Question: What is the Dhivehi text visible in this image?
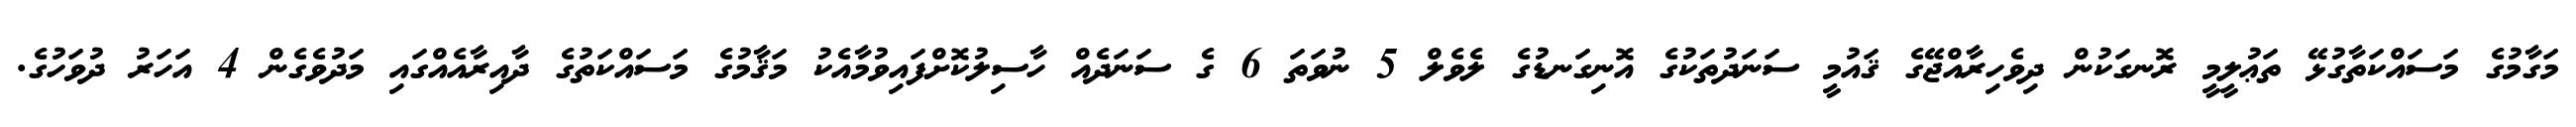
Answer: މަގާމުގެ މަސައްކަތާގުޅޭ ތަޢުލީމީ ރޮނގަކުން ދިވެހިރާއްޖޭގެ ޤައުމީ ސަނަދުތަކުގެ އޮނިގަނޑުގެ ލެވެލް 5 ނުވަތަ 6 ގެ ސަނަދެއް ހާސިލުކޮށްފައިވުމާއެކު މަޤާމުގެ މަސައްކަތުގެ ދާއިރާއެއްގައި މަދުވެގެން 4 އަހަރު ދުވަހުގެ.